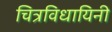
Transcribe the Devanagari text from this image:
चित्रविधायिनी